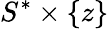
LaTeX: S^{*}\times\{ z\}